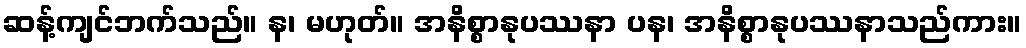
ဆန့်ကျင်ဘက်သည်။ န၊ မဟုတ်။ အနိစ္စာနုပဿနာ ပန၊ အနိစ္စာနုပဿနာသည်ကား။